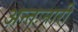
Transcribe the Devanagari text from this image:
अन्तःनारी